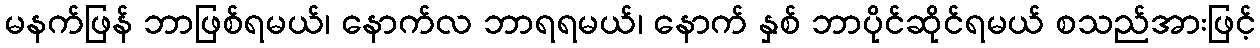
မနက်ဖြန် ဘာဖြစ်ရမယ်၊ နောက်လ ဘာရရမယ်၊ နောက် နှစ် ဘာပိုင်ဆိုင်ရမယ် စသည်အားဖြင့်